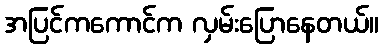
အပြင်ကကောင်က လှမ်းပြောနေတယ်။